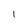
Character: I